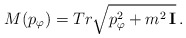
\begin{align*}M(p_\varphi)=Tr\sqrt{p_\varphi^2+m^2\,{\bf I}}\,.\end{align*}